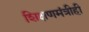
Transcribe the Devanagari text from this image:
शिक्षणमंत्रीही